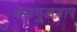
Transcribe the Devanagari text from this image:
अडगुलवार